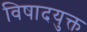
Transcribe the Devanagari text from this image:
विषादयुक्त